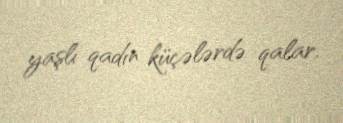
yaşlı qadın küçələrdə qalar.